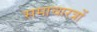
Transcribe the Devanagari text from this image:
समाचारत्रों